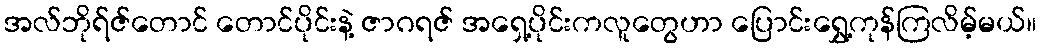
အလ်ဘိုရ်ဇ်တောင် တောင်ပိုင်းနဲ့ ဇာဂရဇ် အရှေ့ပိုင်းကလူတွေဟာ ပြောင်းရွှေ့ကုန်ကြလိမ့်မယ်။